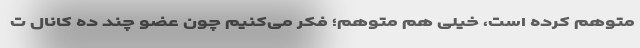
متوهم کرده است، خیلی هم متوهم؛ فکر می‌کنیم چون عضو چند ده کانال ت